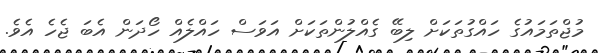
މުުޖްތަމައުގެ ހައްގުތަކަށް ލިބޭ ގެއްލުންތަކަށް އަވަސް ހައްލެއް ހޯދަން އެބަ ޖެހެ އެވެ.